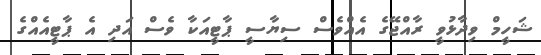
ޝަހީމް ވިދާޅުވީ ރާއްޖޭގެ އެއްވެސް ސިޔާސީ ޕާޓީއަކާ ވެސް އަދި އެ ޕާޓީއެއްގެ